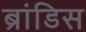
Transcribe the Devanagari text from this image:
ब्रांडिस